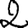
Digit: 2